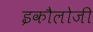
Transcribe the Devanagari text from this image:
इकौलोजी